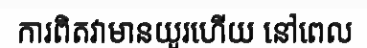
ការពិតវាមានយូរហើយ នៅពេល